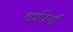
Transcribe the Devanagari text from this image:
कपिसी